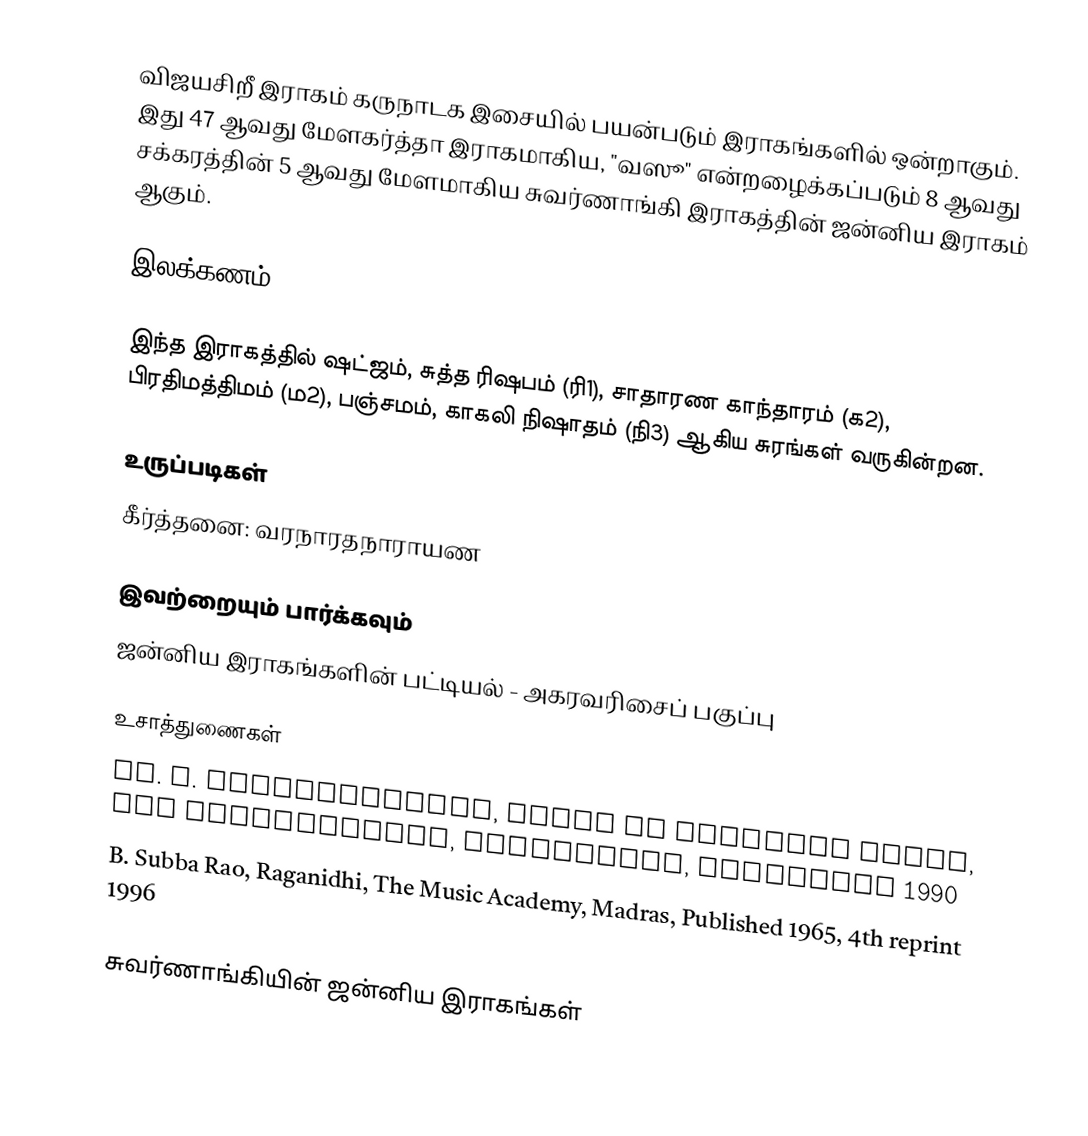
விஜயசிறீ இராகம் கருநாடக இசையில் பயன்படும் இராகங்களில் ஒன்றாகும். இது 47 ஆவது மேளகர்த்தா இராகமாகிய, "வஸூ" என்றழைக்கப்படும் 8 ஆவது சக்கரத்தின் 5 ஆவது மேளமாகிய சுவர்ணாங்கி இராகத்தின் ஜன்னிய இராகம் ஆகும்.

இலக்கணம்

இந்த இராகத்தில் ஷட்ஜம், சுத்த ரிஷபம் (ரி1),  சாதாரண காந்தாரம் (க2), பிரதிமத்திமம் (ம2), பஞ்சமம், காகலி நிஷாதம் (நி3) ஆகிய சுரங்கள் வருகின்றன.

உருப்படிகள்
 கீர்த்தனை: வரநாரதநாராயண

இவற்றையும் பார்க்கவும்
 ஜன்னிய இராகங்களின் பட்டியல் - அகரவரிசைப் பகுப்பு

உசாத்துணைகள்
 Dr. S. Bhagyalekshmy, Ragas in Carnatic Music, CBH Publications, Trivandrum, Published 1990
 B. Subba Rao, Raganidhi, The Music Academy, Madras, Published 1965, 4th reprint 1996

சுவர்ணாங்கியின் ஜன்னிய இராகங்கள்